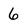
Character: 6